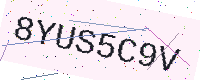
Text: 8YUS5C9V